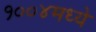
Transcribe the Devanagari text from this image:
१००४मध्ये